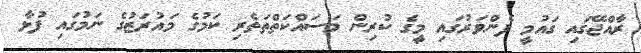
ރާއްޖޭގައި ގައުމީ ފެންވަރުގައި މީގެ ކުރިން މަސައްކަތްތަތެރި ކަމުގެ މައުރަޒުގެ ނަމުގައި ފުޅާ